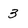
Character: 3